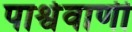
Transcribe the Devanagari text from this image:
पार्श्ववाणी